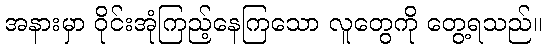
အနားမှာ ဝိုင်းအုံကြည့်နေကြသော လူတွေကို တွေ့ရသည်။